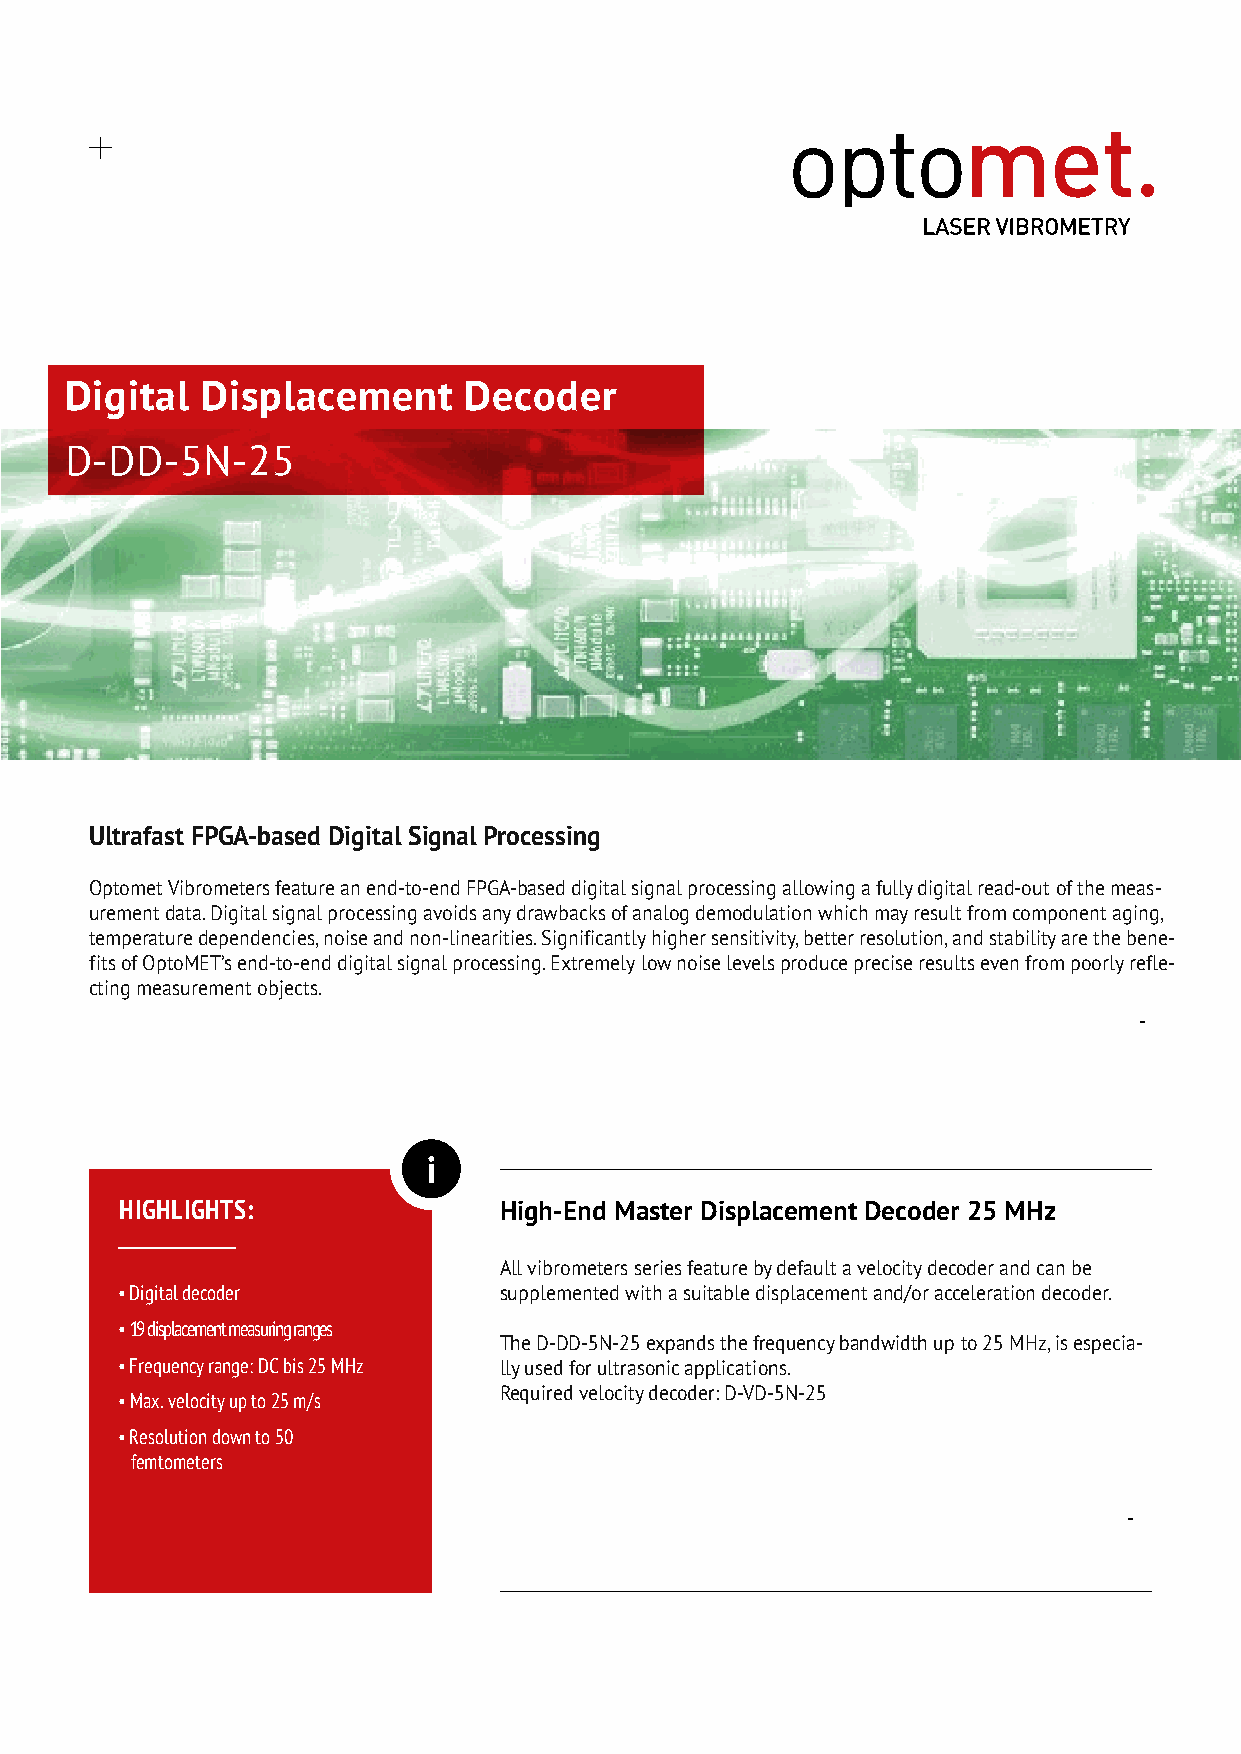
Digital  Displacement      Decoder
 D-DD-5N-25
 Ultrafast FPGA-based Digital Signal Processing
 Optomet Vibrometers feature an end-to-end FPGA-based digital signal processing allowing a fully digital read-out of the meas-
 urement data. Digital signal processing avoids any drawbacks of analog demodulation which may result from component aging,
 temperature dependencies, noise and non-linearities. Significantly higher sensitivity, better resolution, and stability are the bene-
 fits of OptoMET’s end-to-end digital signal processing. Extremely low noise levels produce precise results even from poorly refle-
 cting measurement objects.
 -
 i
 HIGHLIGHTS:              High-End Master Displacement Decoder 25 MHz
 All vibrometers series feature by default a velocity decoder and can be
 • Digital decoder        supplemented with a suitable displacement and/or acceleration decoder.
 • 19 displacement measuring ranges
 The D-DD-5N-25 expands the frequency bandwidth up to 25 MHz, is especia-
 • Frequency range: DC bis 25 MHz lly used for ultrasonic applications.
 Required velocity decoder: D-VD-5N-25
 • Max. velocity up to 25 m/s
 • Resolution down to 50
 femtometers
 -